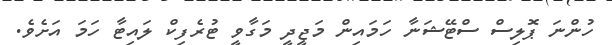
ހުންނަ ޕޮލިސް ސްޓޭޝަނާ ހަމައިން މަޖީދީ މަގާވީ ޓުރެފިކް ލައިޓާ ހަމަ އަށެވެ.